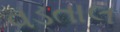
વડતાલ